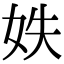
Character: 妷